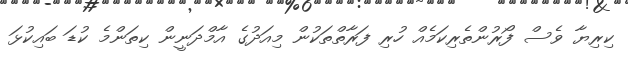
ކިރިޔާ ވެސް ފޯރުންތެރިކަމެއް ހުރި ފަރާތްތަކުން މިއަދުގެ އާމްދަނީން ކިތަންމެ ކުޑަ ބައިކުޅަ